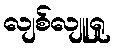
လျစ်လျူရှု